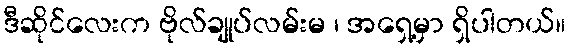
ဒီဆိုင်လေးက ဗိုလ်ချုပ်လမ်းမ ၊ အရှေ့မှာ ရှိပါတယ်။